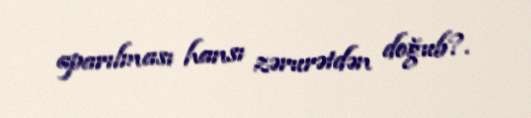
aparılması hansı zərurətdən doğub?.